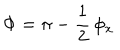
\Phi = \pi - \frac { 1 } { 2 } \, \phi _ { x }